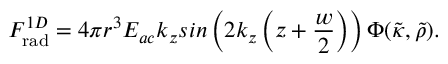
F _ { \mathrm { r a d } } ^ { 1 D } = 4 \pi r ^ { 3 } E _ { a c } k _ { z } s i n \left( 2 k _ { z } \left( z + \frac { w } { 2 } \right) \right) \Phi ( \tilde { \kappa } , \tilde { \rho } ) .